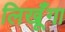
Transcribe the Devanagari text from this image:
लिखूँगा